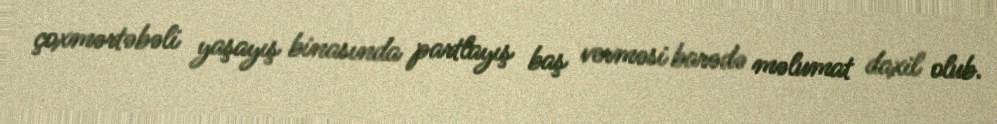
çoxmərtəbəli yaşayış binasında partlayış baş verməsi barədə məlumat daxil olub.